system: You are a helpful assistant.
user:
Analyze the provided spectrum to determine if it is a **"Cataclysmic Variables (CV)"**.

- **Key Indicators for CV (Check for either state):**
    - **State 1: Quiescent / Low-State (Emission-Dominated)**
        - **(Primary):** Strong and *very broad* Hydrogen Balmer emission lines (e.g., $H\alpha$ at 6563 Å, $H\beta$ at 4861 Å). The 'broadness' (high velocity dispersion, often FWHM > 1000 km/s) is the key diagnostic, indicating a high-velocity accretion disk.
        - **(Secondary):** Broad neutral Helium (He I) emission lines (e.g., 5876 Å, 6678 Å).
        - **(Key Confirmation):** Presence of high-excitation *ionized* Helium (He II) emission at 4686 Å. This is a strong indicator of accretion onto a white dwarf.
        - **(Line Profile):** Emission lines may exhibit a 'double-peaked' profile, which is a classic signature of a rotating accretion disk viewed at high inclination.

    - **State 2: Outburst / High-State (Absorption-Dominated)**
        - **(Primary):** Spectrum is dominated by a bright, blue continuum (looks like a hot star).
        - **(Secondary):** The emission lines from State 1 are weak, absent, or 'filled in', and are replaced by broad, shallow *absorption* lines (primarily Balmer and He I).
        - **(Morphology):** The overall spectrum mimics a hot B/A-type star. The crucial difference is that the absorption lines are significantly broader, shallower, and more 'washed-out' (or 'smeared') than the sharp lines of a normal stellar photosphere, due to high rotational speeds and pressure broadening in the disk.

Think first, call **spectral_visualization_tool** if needed to examine features in detail, then provide your final answer. Your response must adhere to the following strict rules:
1.  **Overall Structure:** Your response must follow the format `<think>...</think> <tool_call>...</tool_call> (if a tool is used) <answer>...</answer>`.
2.  **Tool Usage Constraint:** You may only make **one** tool call per turn.
3.  **Final Answer Format:** In the `<answer>` tag, your conclusion must be inside a `\boxed{}` command (e.g., `\boxed{YES}`), followed by your justification.

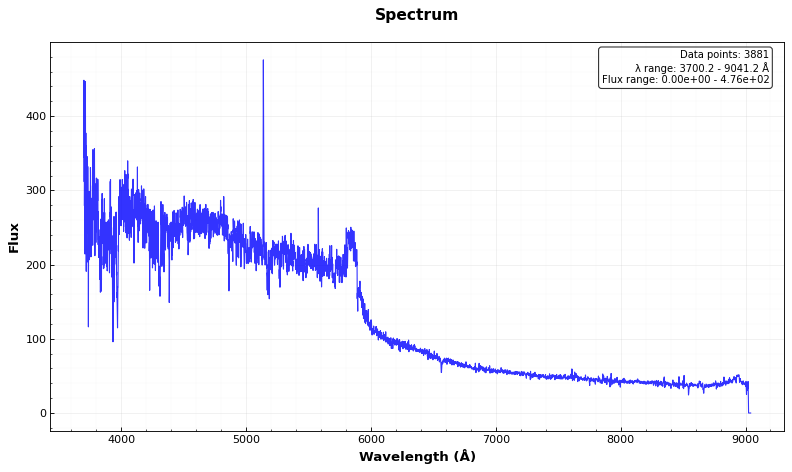
Answer: NO